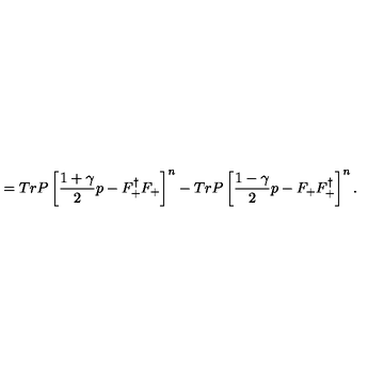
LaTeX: = T r P \left[ \frac { 1 + \gamma } { 2 } p - F _ { + } ^ { \dagger } F _ { + } \right] ^ { n } - T r P \left[ \frac { 1 - \gamma } { 2 } p - F _ { + } F _ { + } ^ { \dagger } \right] ^ { n } .